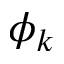
\phi _ { k }